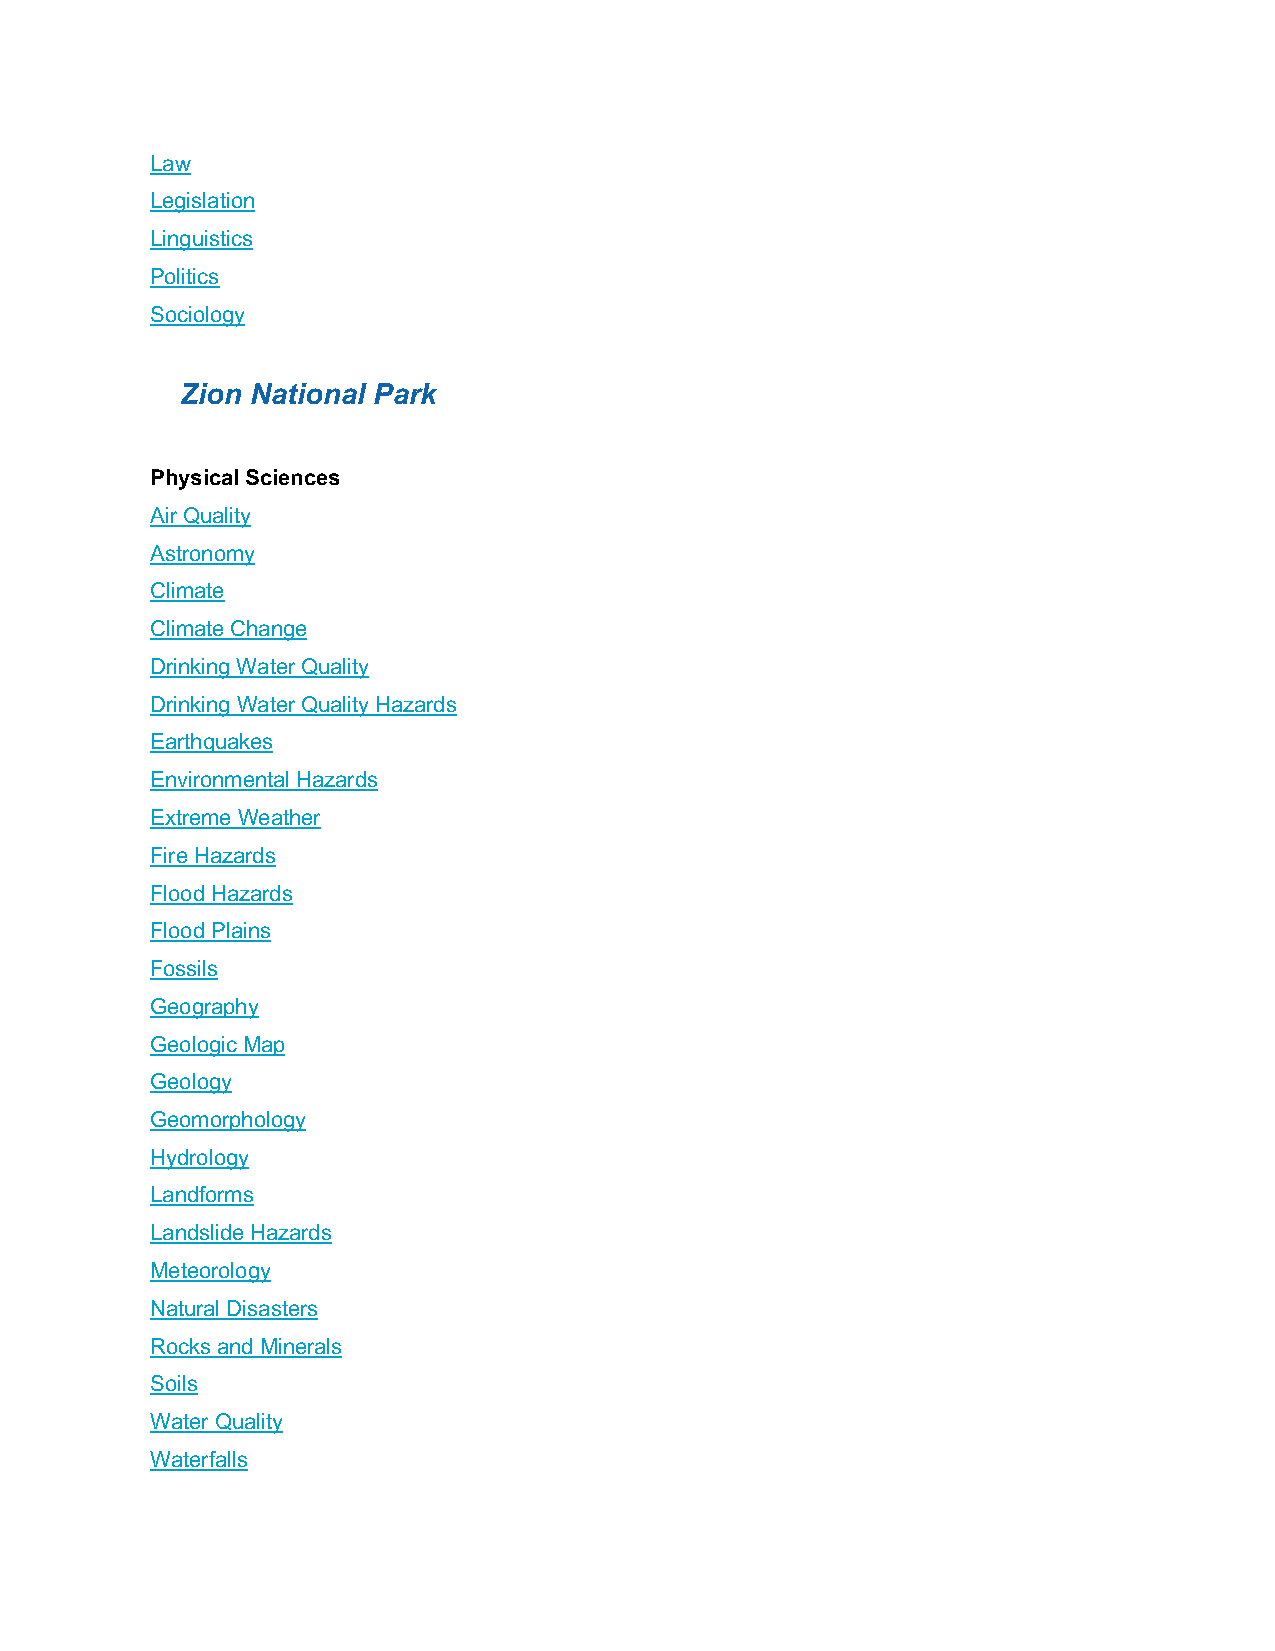
Law
 Legislation
 Linguistics
 Politics
 Sociology
 Zion National Park
 Physical Sciences
 Air Quality
 Astronomy
 Climate
 Climate Change
 Drinking Water Quality
 Drinking Water Quality Hazards
 Earthquakes
 Environmental Hazards
 Extreme Weather
 Fire Hazards
 Flood Hazards
 Flood Plains
 Fossils
 Geography
 Geologic Map
 Geology
 Geomorphology
 Hydrology
 Landforms
 Landslide Hazards
 Meteorology
 Natural Disasters
 Rocks and Minerals
 Soils
 Water Quality
 Waterfalls